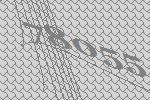
78055